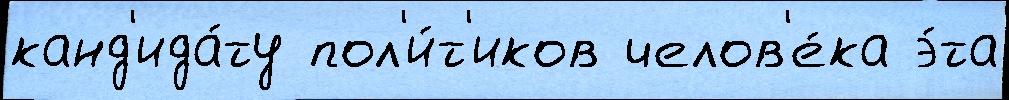
канд'ида́ту пол'и́т'иков челов'е́ка э́та